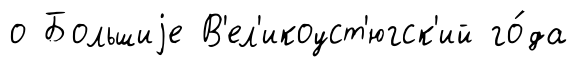
о Большиjе В'ел'икоуст'югск'ий го́да